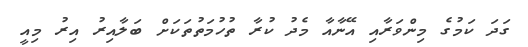
ގަދަ ކަމުގެ މިންވަރާއި އޭނާއާ މެދު ކުރާ ތުހުމަތުތަކަށް ބަލާއިރު އިރު މިއީ